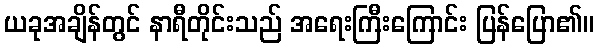
ယခုအချိန်တွင် နာရီတိုင်းသည် အရေးကြီးကြောင်း ပြန်ပြော၏။